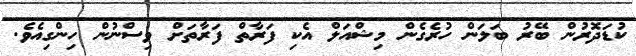
ކުޑަދޮރުން ބޭރު ބަލަން ހުރެގެން މިޝްއަލް އެކި ފަރާތް ފަރާތަށް ވިސްނުން ހިންގިއެވެ.